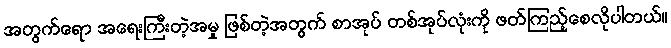
အတွက်ရော အရေးကြီးတဲ့အမှု ဖြစ်တဲ့အတွက် စာအုပ် တစ်အုပ်လုံးကို ဖတ်ကြည့်စေလိုပါတယ်။